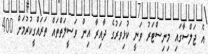
އެ ޖަލްސާގައި މިނިސްޓަރު ވަނީ ކުޅިވަރުގެ ދާއިރާ އިން ވަސީލަތްތައް ތަރައްގީކުރުމަށް 400